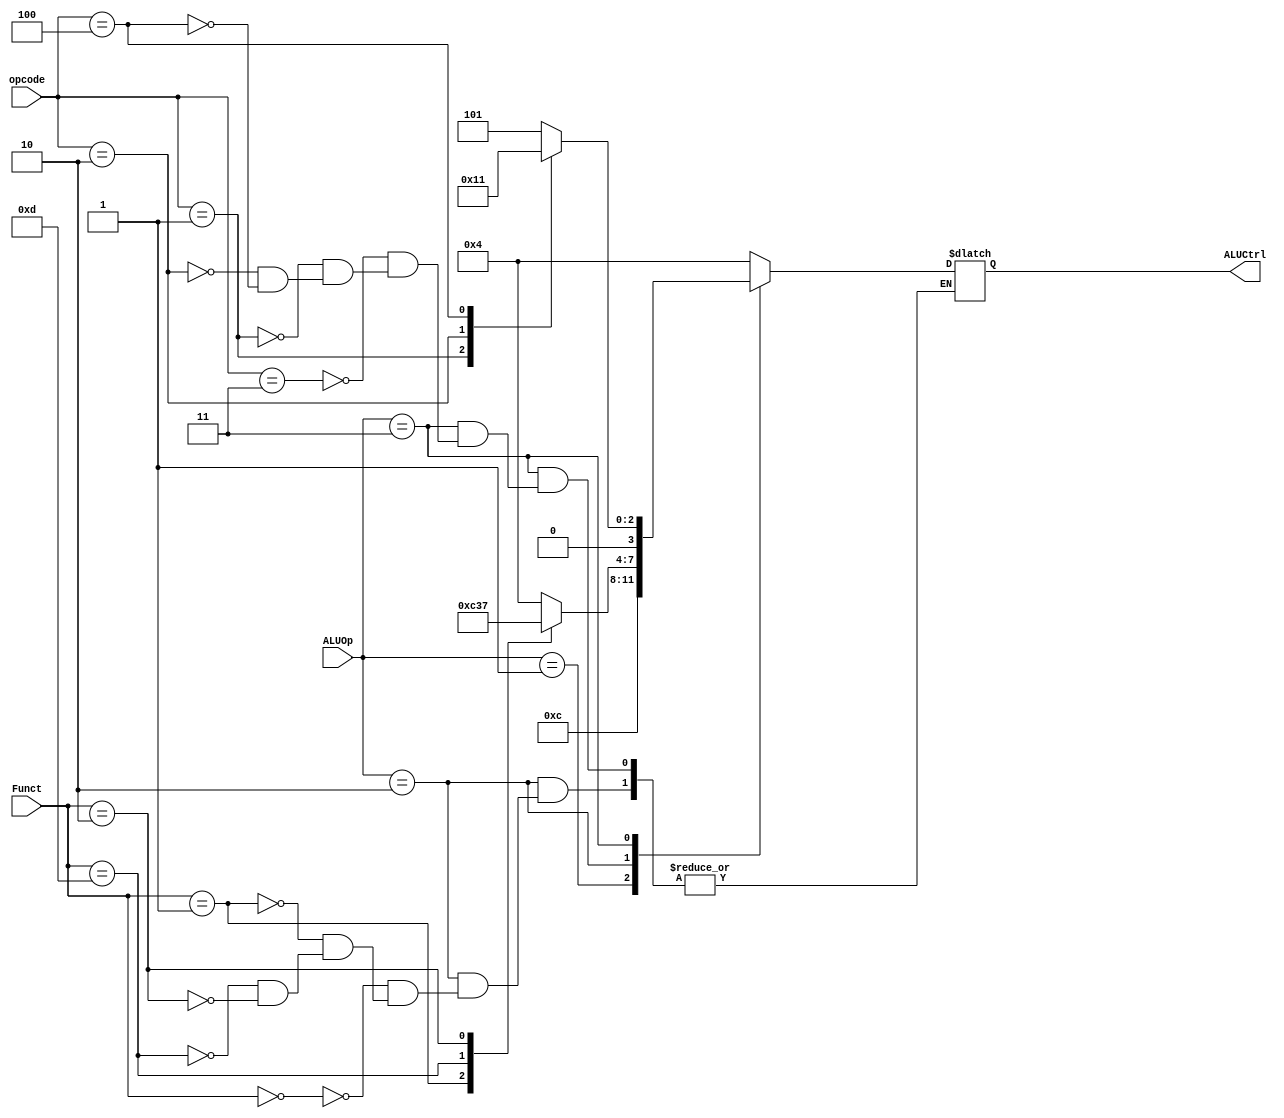
`timescale 1ns / 1ps
//////////////////////////////////////////////////////////////////////////////////
// Company: 
// Engineer: 
// 
// Design Name: 
// Module Name: ALUControl
// Project Name: 
// Target Devices: 
// Tool Versions: 
// Description: 
// 
// Dependencies: 
// 
// Revision:
// Revision 0.01 - File Created
// Additional Comments:
// 
//////////////////////////////////////////////////////////////////////////////////

//ALU Control (CU_OUT_x, Function Code nga R-formati, Opcode, T19) - eshte shtuar ALUOp per I-format qe nuk eshte ne foto po kerkohet ne detyre
module ALUControl(
input [1:0] ALUOp,
input [3:0] Funct,
input [2:0] opcode,
output reg [3:0] ALUCtrl
);

always @(ALUOp)
begin
case(ALUOp) // Pyet per vleren e ALUOp, 00-lw,sw; 01-beq,bne, 10-R-format, 11 - I-format
    2'b00: ALUCtrl = 4'b0100; //LW+SW (mbledhje)
    2'b01: ALUCtrl = 4'b1100; //BEQ+BNE (zbritje)
    2'b10: //R-Format
        case(Funct)
            4'b0000: ALUCtrl = 4'b0100; //ADD
            4'b0001: ALUCtrl = 4'b1100; //SUB
            4'b1101 : ALUCtrl = 4'b0011; //XOR
            4'b0010 : ALUCtrl = 4'b0111; //MOD/DIV
        endcase

    2'b11: //I-format
        case(opcode)
            3'b011: ALUCtrl = 4'b0101; // per ADDI
            3'b001: ALUCtrl = 4'b0000; // per ANDI
            3'b010: ALUCtrl = 4'b0010; // per ORI
            3'b100: ALUCtrl = 4'b0001; // per SLTI
        endcase
endcase
end

endmodule